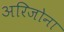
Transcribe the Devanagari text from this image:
अरिजोना